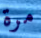
مرة